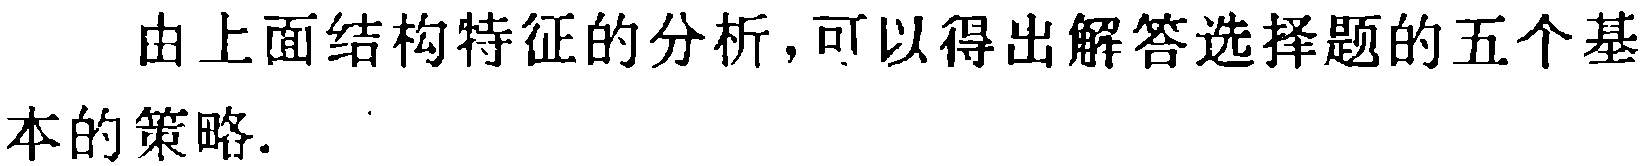
由上面结构特征的分析，可以得出解答选择题的五个基本的策略.